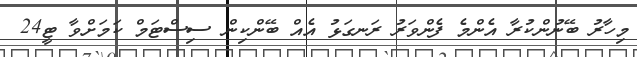
މިހާރު ބޭނުންކުރާ އެންމެ ފެންވަރު ރަނގަޅު އެއް ބޭންކިން ސިސްޓަމް ކަމަށްވާ ޓީ24